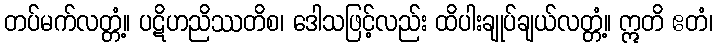
တပ်မက်လတ္တံ့။ ပဋိဟညိဿတိစ၊ ဒေါသဖြင့်လည်း ထိပါးချုပ်ချယ်လတ္တံ့။ ဣတိ ဧတံ၊